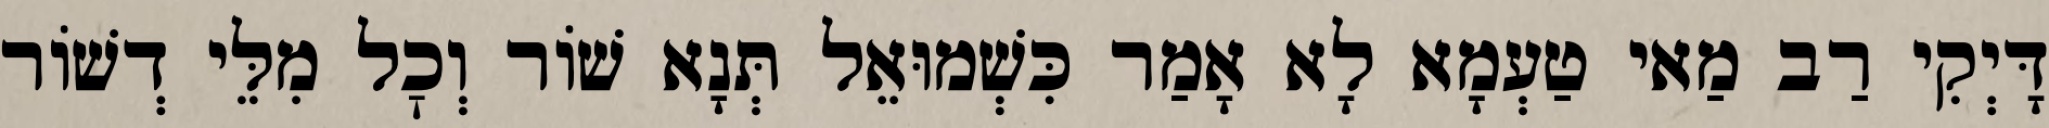
דָּיְקִי רַב מַאי טַעְמָא לָא אָמַר כִּשְׁמוּאֵל תְּנָא שׁוֹר וְכׇל מִלֵּי דְשׁוֹר